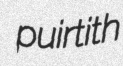
puirtith